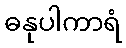
ဓနုပါကာရံ